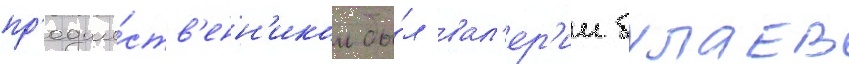
пр'едше́ств'енн'иком бы́л вал'ер'ии булаев